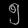
Digit: ၅